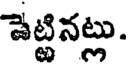
పెట్టినట్లు.